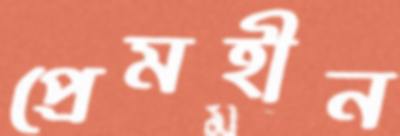
প্রেমহীন